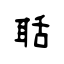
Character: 聒